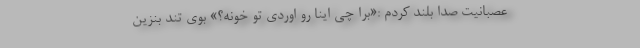
عصبانیت صدا بلند کردم :«برا چی اینا رو اوردی تو خونه؟» بوی تند بنزین